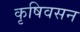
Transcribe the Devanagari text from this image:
कृषिवसन